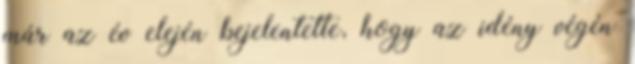
már az év elején bejelentette, hogy az idény végén